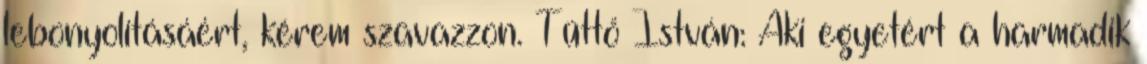
lebonyolításáért, kérem szavazzon. Tüttő István: Aki egyetért a harmadik